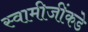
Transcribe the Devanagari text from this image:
स्वामीजींकडे